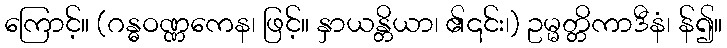
ကြောင့်။ (ဂန္ဓဝဏ္ဏကေန၊ ဖြင့်။ နှာယန္တိယာ၊ ၏၎င်း၊) ဥမ္မတ္တိကာဒီနံ၊ န်၍။